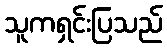
သူကရှင်းပြသည်